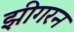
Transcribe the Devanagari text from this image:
झीगरन